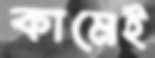
কামেই